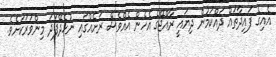
އެއިގެ ފައިދާތައް ދައްކަމުން ދިޔައީ ރާއްޖޭގެ އެހެން އެއްވެސް ރަށެއްގައި ނުހެދޭފަދަ މިންވަރަކަށެވެ.